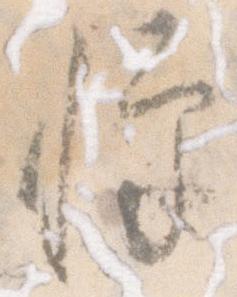
憚